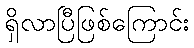
ရှိလာပြီဖြစ်ကြောင်း